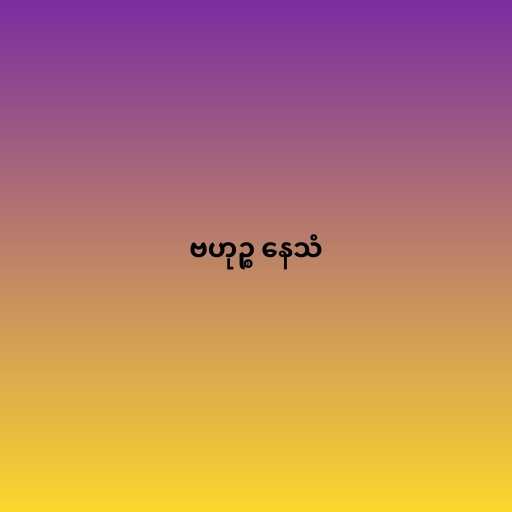
ဗဟုဉ္စ နေသံ